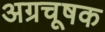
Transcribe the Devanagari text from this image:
अग्रचूषक